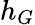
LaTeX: h_{G}